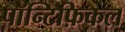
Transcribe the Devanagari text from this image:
पॉन्टिफ़िकल